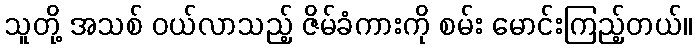
သူတို့ အသစ် ဝယ်လာသည့် ဇိမ်ခံကားကို စမ်း မောင်းကြည့်တယ်။